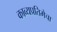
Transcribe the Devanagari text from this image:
काव्यप्रतिमेचा